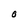
Character: O